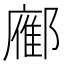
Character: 𬪚